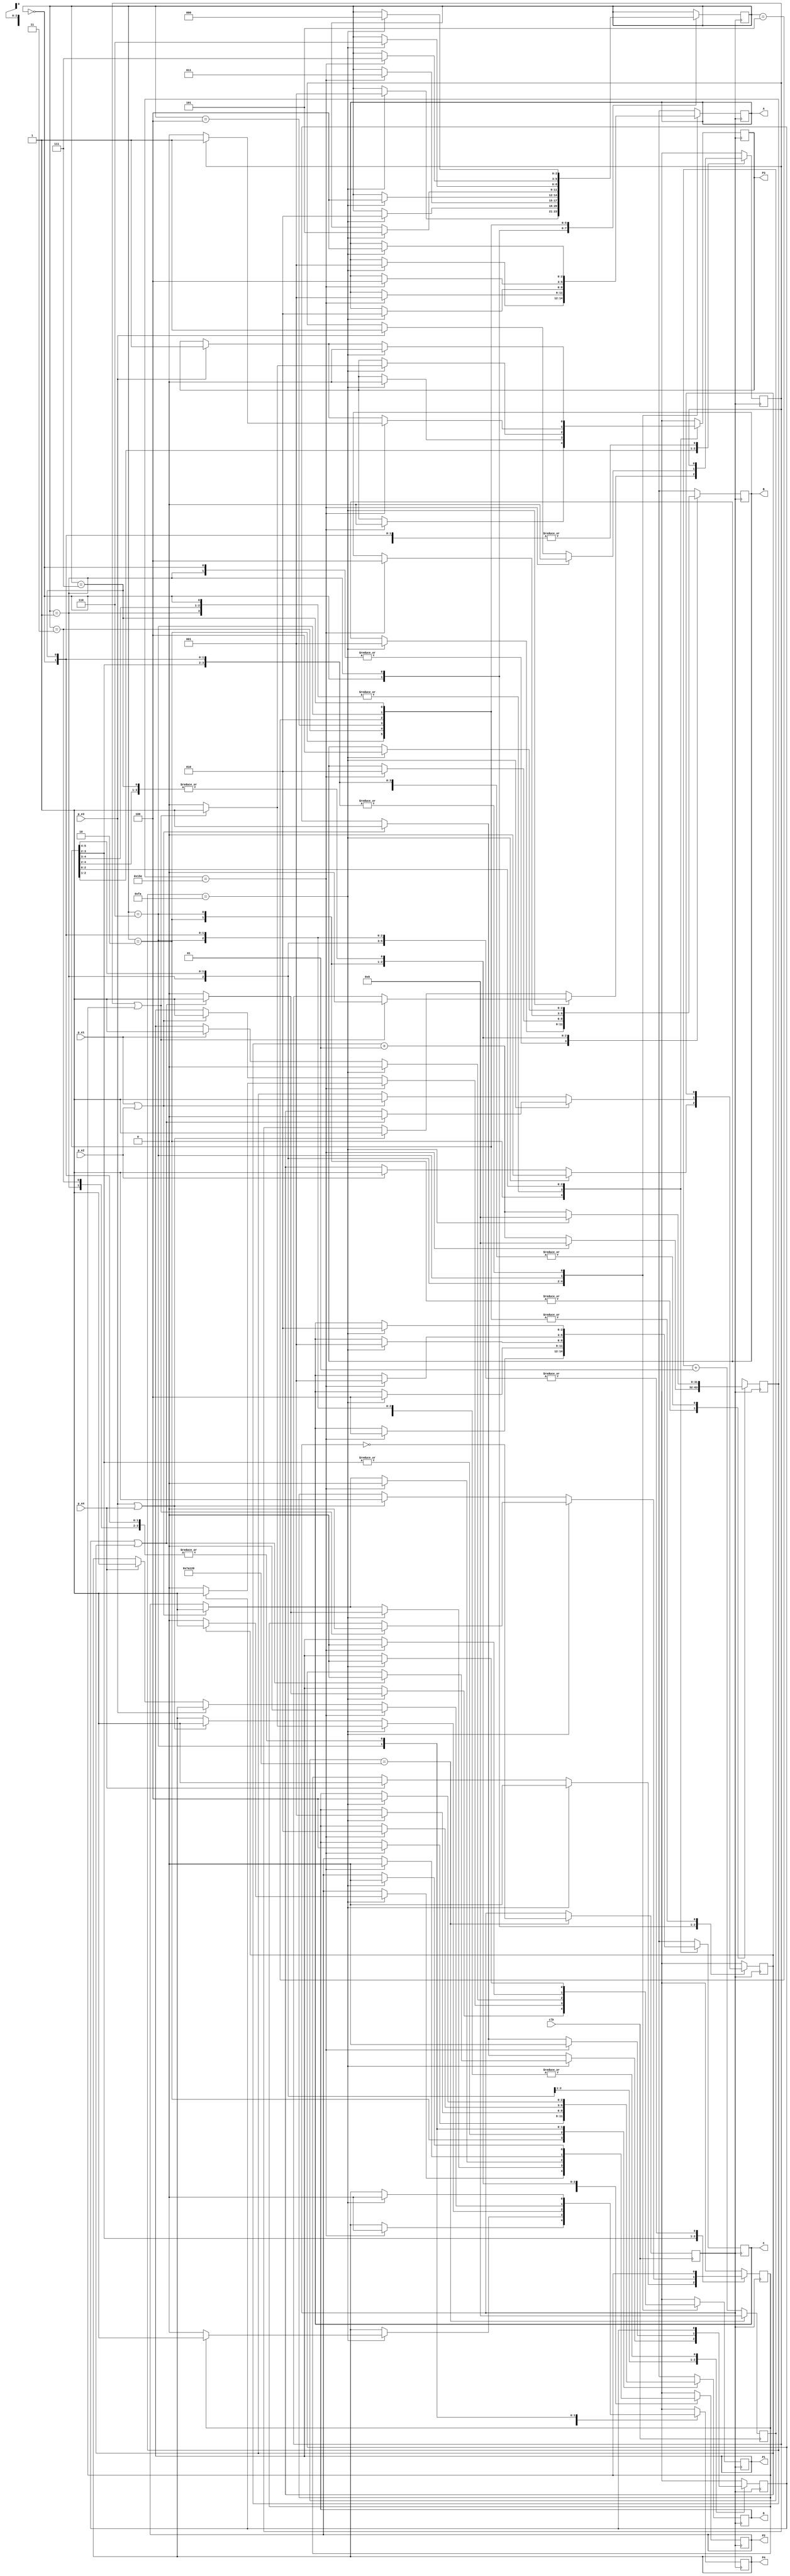
`timescale 1ns / 1ns
//////////////////////////////////////////////////////////////////////////////////
// Company: 
// Engineer: 
// 
// Design Name: 
// Module Name:    traffic1 
// Project Name: 
// Target Devices: 
// Tool versions: 
// Description: 
//
// Dependencies: 
//
// Revision: 
// Revision 0.01 - File Created
// Additional Comments: 
//
//////////////////////////////////////////////////////////////////////////////////
module traffic19(clk, p_e1, p_e2, p_e3, p_e4, A, B, C, D, P1, P2, P3, P4);
input clk, p_e1, p_e2, p_e3, p_e4;
output reg [2:0] A, B, C, D;
output reg P1 = 1'b0, P2 = 1'b0, P3 = 1'b0, P4 = 1'b0;
reg [2:0] current_state = 000;
reg clk_1HZ = 0;			
reg flag1 = 1'b0, flag2 = 1'b0, flag3 = 1'b0, flag4 = 1'b0;
integer r;
integer counter_10msec;

always @(posedge clk) 						// Generating internal clock
begin
	if(counter_10msec == 500000) 
	begin
		clk_1HZ = ~ clk_1HZ;
		counter_10msec<=0;
	end
	else
	counter_10msec <= counter_10msec+1;
end

always @(posedge clk_1HZ) begin			// Using internal clock for FSM
case (current_state) 

3'b000 : 	begin	
					if (r == 250)	// machine will start after 5 sec and 111 will be for 3 sec
					begin
						r = 0;
						A = 3'b100; B = 3'b001; C = 3'b100; D = 3'b100; // A = R, B = G, C = R, D = R
						P1 = 1'b0; P2 = 1'b0; P3 = 1'b0; P4 = 1'b0;
						
						if(flag2 == 1)
						begin
							P2 = 1'b1;
							flag2 = 1'b0;
						end
						else
							P2 = 1'b0;
						current_state <= 001;
					end
					else
					begin
						r = r + 1;
						if (p_e2 == 1)
							flag2 = 1'b1;
					end
				end

3'b001 : 	begin	
				if (r == 250)  // 000 will run for 5 seconds
				begin
					r = 0;
					A = 3'b001; B = 3'b001; C = 3'b100; D = 3'b100;	// A = G, B = G, C = R, D = R
					P1 = 1'b0; P2 = 1'b0; P3 = 1'b0; P4 = 1'b0;
					if(flag1 == 1 || flag2 == 1)
						begin
							P1 = 1'b1;
							P2 = 1'b1;
							flag1 = 1'b0;
							flag2 = 1'b0;
						end
						else
							P1 = 1'b0;
					current_state <= 010;
				end
				else
					begin
						r = r + 1;
						if (p_e1 == 1 || p_e2 == 1)
						begin
							P2 = 1'b1;
							flag1 = 1'b1; 
							flag2 = 1'b1;
						end
					end
				end

3'b010 : 	begin
					if (r == 350)	// 001 will be for 7 sec
					begin
						r = 0;
						A = 3'b001; B = 3'b010; C = 3'b100; D = 3'b100;	// A = G, B = Y, C = R, D = R
						P1 = 1'b0; P2 = 1'b0; P3 = 1'b0; P4 = 1'b0;
			
						if (flag1 == 1)
						begin
							P1 = 1'b1;
							flag1 = 1'b0;
						end
						else
							P1 = 1'b0;
						current_state <= 011;
					end
					else
					begin
						r = r + 1;
						if (p_e1 == 1 || p_e2 == 1)
						begin
							P1 = 1'b1; 
							flag1 = 1'b1;
							P2 = 1'b1;
						end
					end
				end

3'b011 : 	begin	
					if (r == 250)	// 010 will be for 5 sec
					begin
						r = 0;
						A = 3'b010; B = 3'b100; C = 3'b100; D = 3'b100;	// A = Y, B = R, C = R, D = R
						P1 = 1'b0; P2 = 1'b0; P3 = 1'b0; P4 = 1'b0;
						current_state <= 100;
					end
					else 
					begin
						r = r + 1;
						if (p_e1 == 1)
							P1 = 1'b1;
					end
				end

3'b100 : 	begin	
					if ( r == 250)	// 011 will be for 5 sec
					begin
						r = 0;
						A = 3'b100; B = 3'b100; C = 3'b100; D = 3'b001;	// A = R, B = R, C = R, D = G
						P1 = 1'b0; P2 = 1'b0; P3 = 1'b0; P4 = 1'b0;
						if (flag4 == 1)
						begin
							P4 = 1'b1;
							flag4 = 0;
						end
						current_state <= 101;
					end
					else 
					begin
						r = r + 1;
						if (p_e4 == 1)
							flag4 = 1'b1;
					end
				end

3'b101 : 	begin	
					if (r == 250)	// 100 will be for 5 sec
					begin
						r = 0;
						A = 3'b100; B = 3'b100; C = 3'b001; D = 3'b001;	// A = R, B = R, C = G, D = G
						P1 = 1'b0; P2 = 1'b0; P3 = 1'b0; P4 = 1'b0;
						if (flag3 == 1 || flag4 == 1)
						begin
							P3 = 1'b1;
							P4 = 1'b1;
							flag3 = 0;
							flag4 = 0;
						end
						current_state <= 110;
					end
					else 
					begin	r = r + 1;
							if (p_e3 == 1 || p_e4 == 1)
							begin
								flag3 = 1'b1;
								P4 = 1'b1;
								flag4 = 1'b1;
							end
								
					end
				end

3'b110 : 	begin	
					if (r == 350)	// 101 will be for 7 sec
					begin
						r = 0;
						A = 3'b100; B = 3'b100; C = 3'b001; D = 3'b010;	// A = R, B = R, C = G, D = Y
						P1 = 1'b0; P2 = 1'b0; P3 = 1'b0; P4 = 1'b0;
						if (flag3 == 1)
						begin
							P3 = 1'b1;
							flag3 = 0;
						end
						current_state <= 111;
					end
					else 
					begin
						r = r + 1;
						if (p_e3 == 1)
						begin
							P3 = 1'b1;
							flag3 = 1'b1;
						end
						else if (p_e4 == 1)
							P4 = 1'b1;
					end
				end

3'b111 : 	begin	
					if ( r == 250)	// 110 will be for 5 sec
					begin
						r = 0;
						A = 3'b100; B = 3'b100; C = 3'b010; D = 3'b100;	// A = R, B = R, C = Y, D = R
						P1 = 1'b0; P2 = 1'b0; P3 = 1'b0; P4 = 1'b0;
						current_state <= 000;
					end
					else 
					begin
						r = r + 1;
						if (p_e3 == 1)
							P3 = 1'b1;
					end
				end
				
endcase
end

endmodule